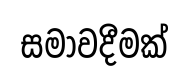
සමාවදීමක්